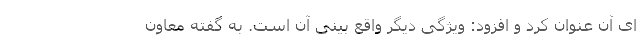
ای آن عنوان کرد و افزود: ویژگی دیگر واقع بینی آن است. به گفته معاون